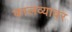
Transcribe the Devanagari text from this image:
कालव्यावर